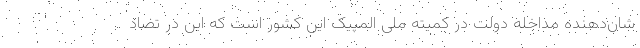
شان‌دهنده مداخله دولت در کمیته ملی المپیک این کشور است که این در تضاد